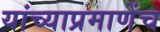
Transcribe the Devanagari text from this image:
यांच्याप्रमाणेंच